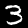
Digit: 3